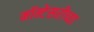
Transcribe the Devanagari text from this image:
मॉन्टेसरीच्या